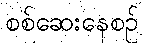
စစ်ဆေးနေစဉ်